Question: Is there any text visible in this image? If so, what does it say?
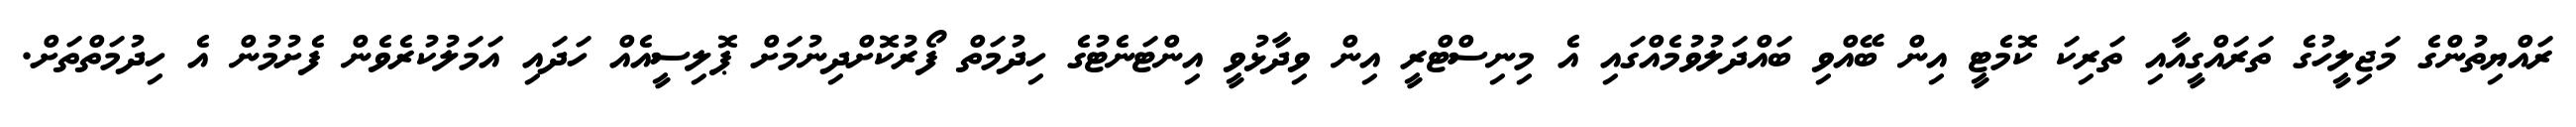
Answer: ރައްޔިތުންގެ މަޖިލީހުގެ ތަރައްގީއާއި ތަރިކަ ކޮމެޓީ އިން ބޭއްވި ބައްދަލުވުމެއްގައި އެ މިނިސްޓްރީ އިން ވިދާޅުވީ އިންޓަނެޓުގެ ހިދުމަތް ފޯރުކޮށްދިނުމަށް ޕޮލިސީއެއް ހަދައި އަމަލުކުރެވެން ފެށުމުން އެ ހިދުމަތްތަށް.